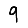
Digit: 9